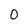
Character: o